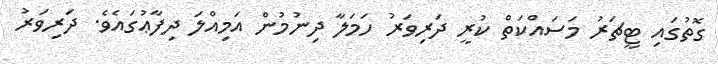
ގޮތުގައި ޓީޗަރު މަސައްކަތް ކުރީ ދަރިވަރު ހަމަލާ ދިނުމުން އަމިއްލަ ދިފާޢުގައެވެ. ދަރިވަރު